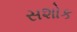
સશોક